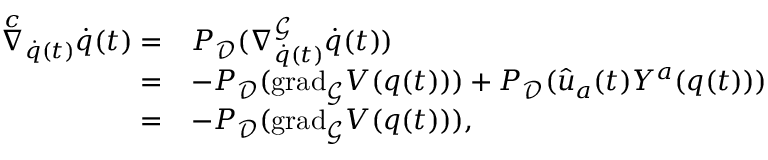
\begin{array} { r l } { \overset { c } { \nabla } _ { \dot { q } ( t ) } \dot { q } ( t ) = } & { P _ { \mathcal { D } } ( \nabla _ { \dot { q } ( t ) } ^ { \mathcal { G } } \dot { q } ( t ) ) } \\ { = } & { - P _ { \mathcal { D } } ( \mathrm { g r a d } _ { \mathcal { G } } V ( q ( t ) ) ) + P _ { \mathcal { D } } ( \hat { u } _ { a } ( t ) Y ^ { a } ( q ( t ) ) ) } \\ { = } & { - P _ { \mathcal { D } } ( \mathrm { g r a d } _ { \mathcal { G } } V ( q ( t ) ) ) , } \end{array}